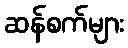
ဆန်စက်များ